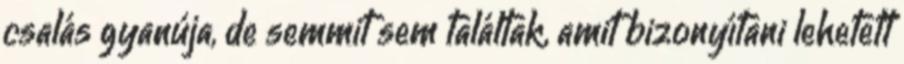
csalás gyanúja, de semmit sem találtak, amit bizonyítani lehetett